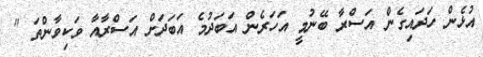
އުޅެން ހަދައިގެން އަސްރާ ބޭނުމީ އަހަރެން އަބަދުމެ އަބަދަށް އަސްރާއާ ވަކިވާންތަ "